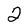
Character: 2